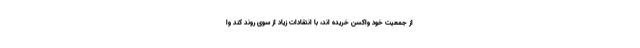
از جمعیت خود واکسن خریده اند، با انتقادات زیاد از سوی روند کند وا